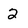
Character: 2